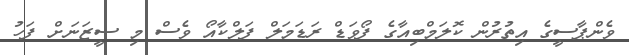
ވެންޕާސީގެ އިތުރުން ކޮލަމްބިއާގެ ފޯވަޑް ރަޑަމަލް ފަލްކާއޯ ވެސް މި ސީޒަނަށް ފަހު